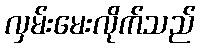
လှမ်းမေးလိုက်သည်